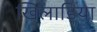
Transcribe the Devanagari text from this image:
खिलाड़िया